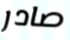
صادر